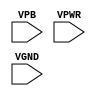
module sky130_fd_sc_ls__decaphetap (
    //# {{power|Power}}
    input VPB ,
    input VPWR,
    input VGND
);
endmodule